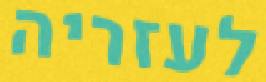
לעזריה